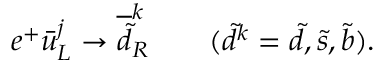
e ^ { + } \bar { u } _ { L } ^ { j } \rightarrow \overline { { { \tilde { d } } } } _ { R } ^ { k } ~ ~ ~ ~ ~ ~ ( \tilde { d } ^ { k } = \tilde { d } , \tilde { s } , \tilde { b } ) .